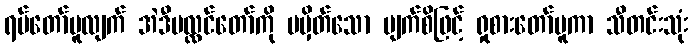
ရပ်တော်မူလျက် အဲဒီပလ္လင်တော်ကို မမှိတ်သော မျက်စိဖြင့် ရှုစားတော်မူကာ သီတင်းသုံး